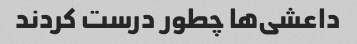
داعشی‌ها چطور درست کردند